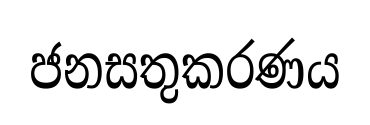
ජනසතුකරණය